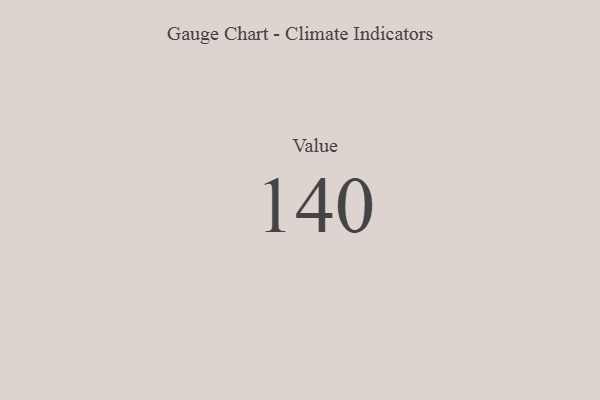
{"axis": {"x": "Metric", "y": "Value"}, "legend": [""], "data": [{"x": "Value", "y": 140, "type": ""}]}